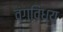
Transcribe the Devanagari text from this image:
वंगविंध्य